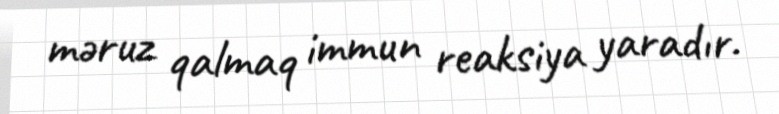
məruz qalmaq immun reaksiya yaradır.